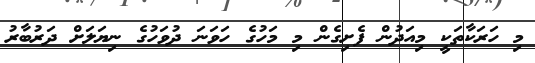
މި ހަރަކާތަކީ މިއަދުން ފެށިގެން މި މަހުގެ ހަވަނަ ދުވަހުގެ ނިޔަލަށް ދަރުބާރު